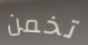
تخمن